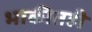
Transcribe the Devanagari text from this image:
भाकीतही